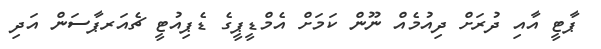
ޕާޓީ އާއި ދުރަަށް ދިއުމެއް ނޫން ކަމަށް އެމްޑީޕީގެ ޑެޕިއުޓީ ޗެއަރޕާސަން އަދި